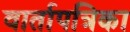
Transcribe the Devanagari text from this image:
वार्तापत्रिका